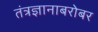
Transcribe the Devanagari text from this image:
तंत्रज्ञानाबरोबर